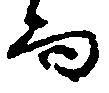
而